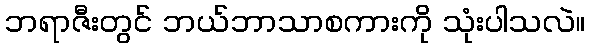
ဘရာဇီးတွင် ဘယ်ဘာသာစကားကို သုံးပါသလဲ။